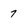
Character: 7